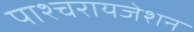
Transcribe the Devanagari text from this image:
पाश्‍चरायजेशन